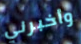
وأخبرني